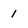
Character: 1